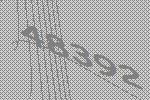
48392